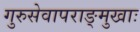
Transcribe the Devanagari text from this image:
गुरुसेवापराङ्मुखाः